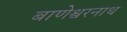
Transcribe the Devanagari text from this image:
बाणेश्वरनाथ